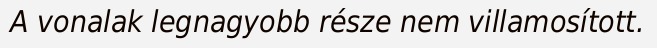
A vonalak legnagyobb része nem villamosított.